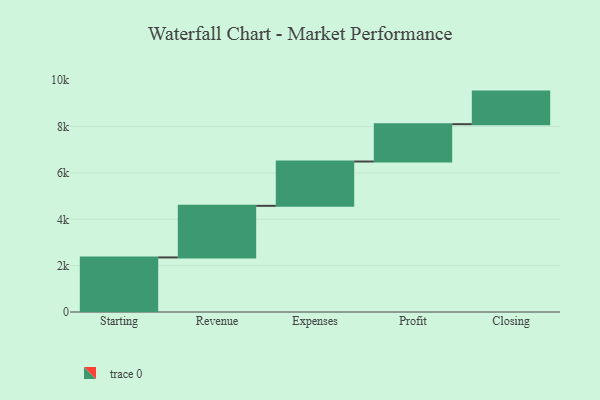
{"axis": {"x": "Step", "y": "Value"}, "legend": [""], "data": [{"x": "Starting", "y": 2355.0, "type": ""}, {"x": "Revenue", "y": 2227.0, "type": ""}, {"x": "Expenses", "y": 1913.0, "type": ""}, {"x": "Profit", "y": 1611.0, "type": ""}, {"x": "Closing", "y": 1406.0, "type": ""}]}